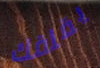
يقلقك